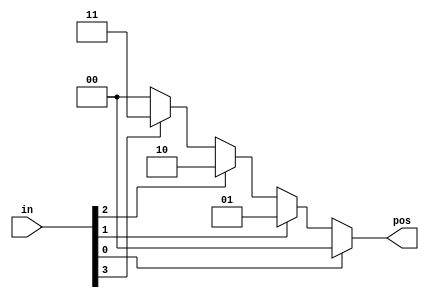
// synthesis verilog_input_version verilog_2001
module top_module (
    input [3:0] in,
    output reg [1:0] pos  );
    always @(*)begin
        if(in[0]==1'b1)begin
            pos=2'd0;
        end
        else if(in[1]==1'b1)begin
            pos=2'd1;
        end
        else if(in[2]==1'b1)begin
            pos=2'd2;
        end
        else if(in[3]==1'b1)begin
            pos=2'd3;
        end
        else begin
            pos=2'd0;
        end
    end
endmodule